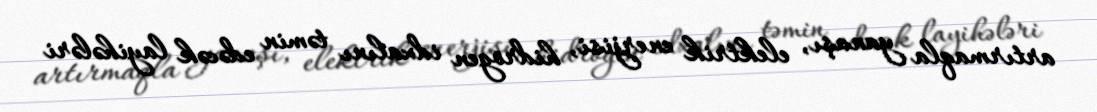
artırmaqla yanaşı, elektrik enerjisi, hidrogen idxalını təmin edəcək layihələri